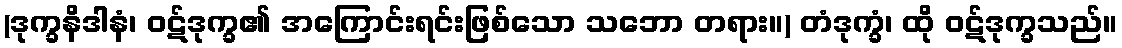
(ဒုက္ခနိဒါနံ၊ ဝဋ်ဒုက္ခ၏ အကြောင်းရင်းဖြစ်သော သဘော တရား။) တံဒုက္ခံ၊ ထို ဝဋ်ဒုက္ခသည်။